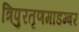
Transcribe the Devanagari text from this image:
त्रिपुरतृणमाडम्बर